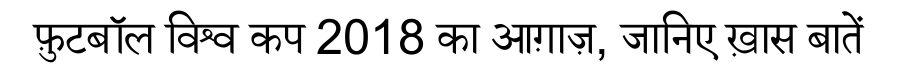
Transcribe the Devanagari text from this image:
फ़ुटबॉल विश्व कप 2018 का आग़ाज़, जानिए ख़ास बातें